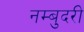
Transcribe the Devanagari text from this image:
नम्बुदरी